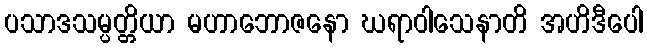
ပသာဒသမ္ပတ္တိယာ မဟာဘောဇနော ဃရာဝါသေနာတိ အဟိဒီပေါ